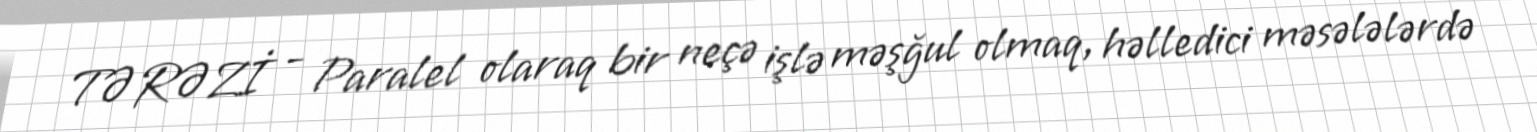
TƏRƏZİ - Paralel olaraq bir neçə işlə məşğul olmaq, həlledici məsələlərdə